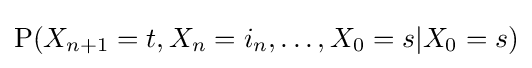
{\text{P}}(X_{n+1}=t,X_{n}=i_{n},\ldots ,X_{0}=s|X_{0}=s)